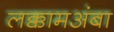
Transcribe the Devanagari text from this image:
लक्कामअंबा